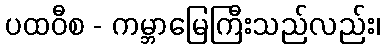
ပထဝီစ - ကမ္ဘာမြေကြီးသည်လည်း၊